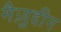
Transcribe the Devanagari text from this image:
मैज़ुद्दीन